Civil Veterinary Dept. Bombay admin report 1914-1922 - 1914-1922
Year: 1914
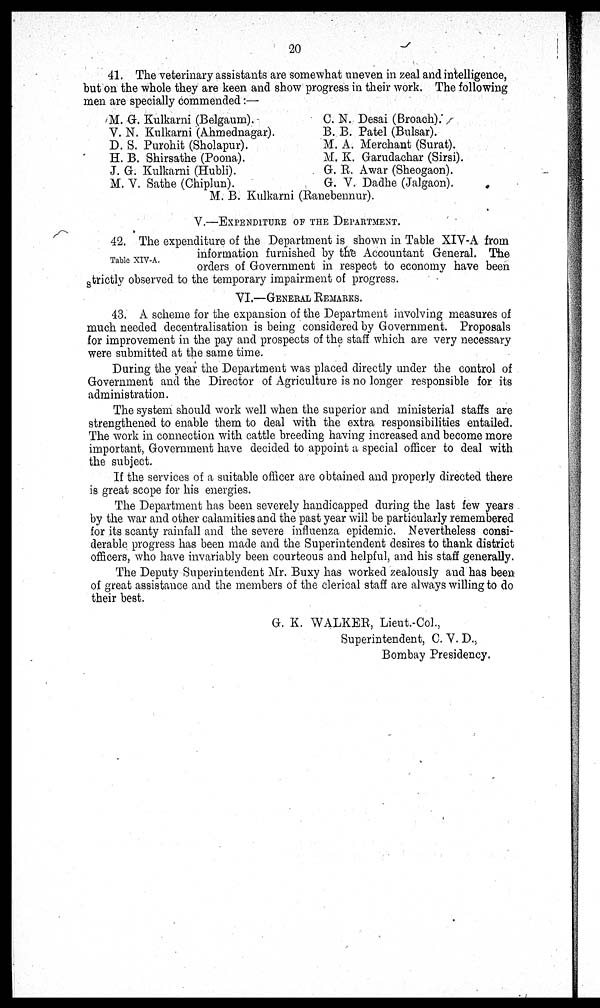
20
41. The veterinary assistants are somewhat uneven in zeal and intelligence,
but on the whole they are keen and show progress in their work. The following
men are specially commended:—
M. G. Kulkarni (Belgaum).
V. N. Kulkarni (Ahmednagar).
D. S. Purohit (Sholapur).
H. B. Shirsathe (Poona).
J. G. Kulkarni (Hubli).
M. V. Sathe (Chiplun).
C. N. Desai (Broach).
B. B. Patel (Bulsar).
M. A. Merchant (Surat).
M. K. Garudachar (Sirsi).
G. R. Awar (Sheogaon).
G. V. Dadhe (Jalgaon).
M. B. Kulkarni (Ranebennur).
V.—EXPENDITURE OF THE DEPARTMENT.
Table XIV-A.
42. The expenditure of the Department is shown in Table XIV-A from
information furnished by the Accountant General. The
orders of Government in respect to economy have been
strictly observed to the temporary impairment of progress.
VI.—GENERAL REMARKS
43. A scheme for the expansion of the Department involving measures of
much needed decentralisation is being considered by Government. Proposals
for improvement in the pay and prospects of the staff which are very necessary
were submitted at the same time.
During the year the Department was placed directly under the control of
Government and the Director of Agriculture is no longer responsible for its
administration.
The system should work well when the superior and ministerial staffs are
strengthened to enable them to deal with the extra responsibilities entailed.
The work in connection with cattle breeding having increased and become more
important, Government have decided to appoint a special officer to deal with
the subject.
If the services of a suitable officer are obtained and properly directed there
is great scope for his energies.
The Department has been severely handicapped during the last few years
by the war and other calamities and the past year will be particularly remembered
for its scanty rainfall and the severe influenza epidemic. Nevertheless consi-
derable progress has been made and the Superintendent desires to thank district
officers, who have invariably been courteous and helpful, and his staff generally.
The Deputy Superintendent Mr. Buxy has worked zealously and has been
of great assistance and the members of the clerical staff are always willing to do
their best.
G. K. WALKER, Lieut.-Col.,
Superintendent, C. V. D.,
Bombay Presidency.